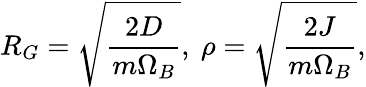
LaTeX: R_{G}=\sqrt{\frac{2D}{m\Omega_{B}}},\ \rho=\sqrt{\frac{2J}{m\Omega_{B}}},